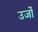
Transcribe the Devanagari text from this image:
उर्जो